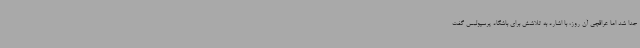
جدا شد اما عراقچی آن روز، با اشاره به تلاشش برای باشگاه پرسپولیس گفت